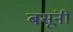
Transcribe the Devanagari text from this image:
बसूंनी